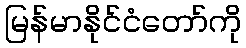
မြန်မာနိုင်ငံတော်ကို